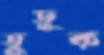
তুড়ুক